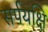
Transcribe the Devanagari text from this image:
सर्पयक्षि